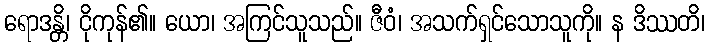
ရောဒန္တိ၊ ငိုကုန်၏။ ယော၊ အကြင်သူသည်။ ဇီဝံ၊ အသက်ရှင်သောသူကို။ န ဒိဿတိ၊